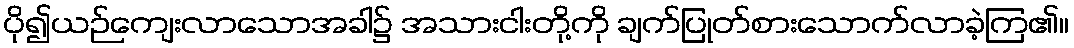
ပို၍ယဉ်ကျေးလာသောအခါ၌ အသားငါးတို့ကို ချက်ပြုတ်စားသောက်လာခဲ့ကြ၏။